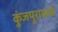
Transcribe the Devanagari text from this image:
कुंजपुरामध्ये